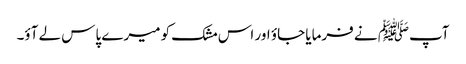
آپﷺ نے فرمایا جاؤ اور اس مشک کو میرے پاس لے آؤ۔